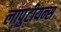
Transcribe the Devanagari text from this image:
लापुटीयन्स